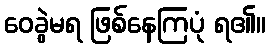
ဝေခွဲမရ ဖြစ်နေကြပုံ ရ၏။